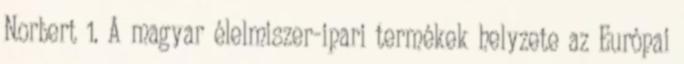
Norbert 1. A magyar élelmiszer-ipari termékek helyzete az Európai